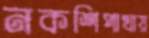
নকশিপাখায়